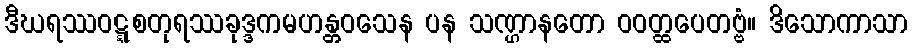
ဒီဃရဿဝဋ္ဋစတုရဿခုဒ္ဒကမဟန္တဝသေန ပန သဏ္ဌာနတော ဝဝတ္ထပေတဗ္ဗံ။ ဒိသောကာသာ